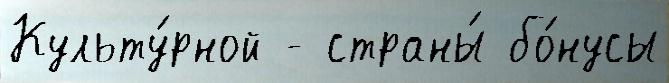
Культу́рной - страны́ бо́нусы